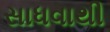
સાધવાથી